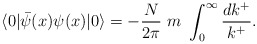
\begin{align*}\langle 0| \bar{\psi} (x) \psi (x) | 0\rangle =-\frac{N}{2\pi}\ m\ \int_0^\infty\frac{dk^+}{k^+}.\end{align*}